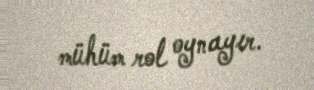
mühüm rol oynayır.